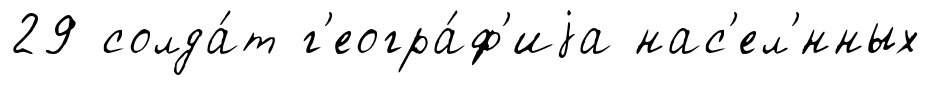
29 солда́т г'еогра́ф'иjа нас'ел'́нных